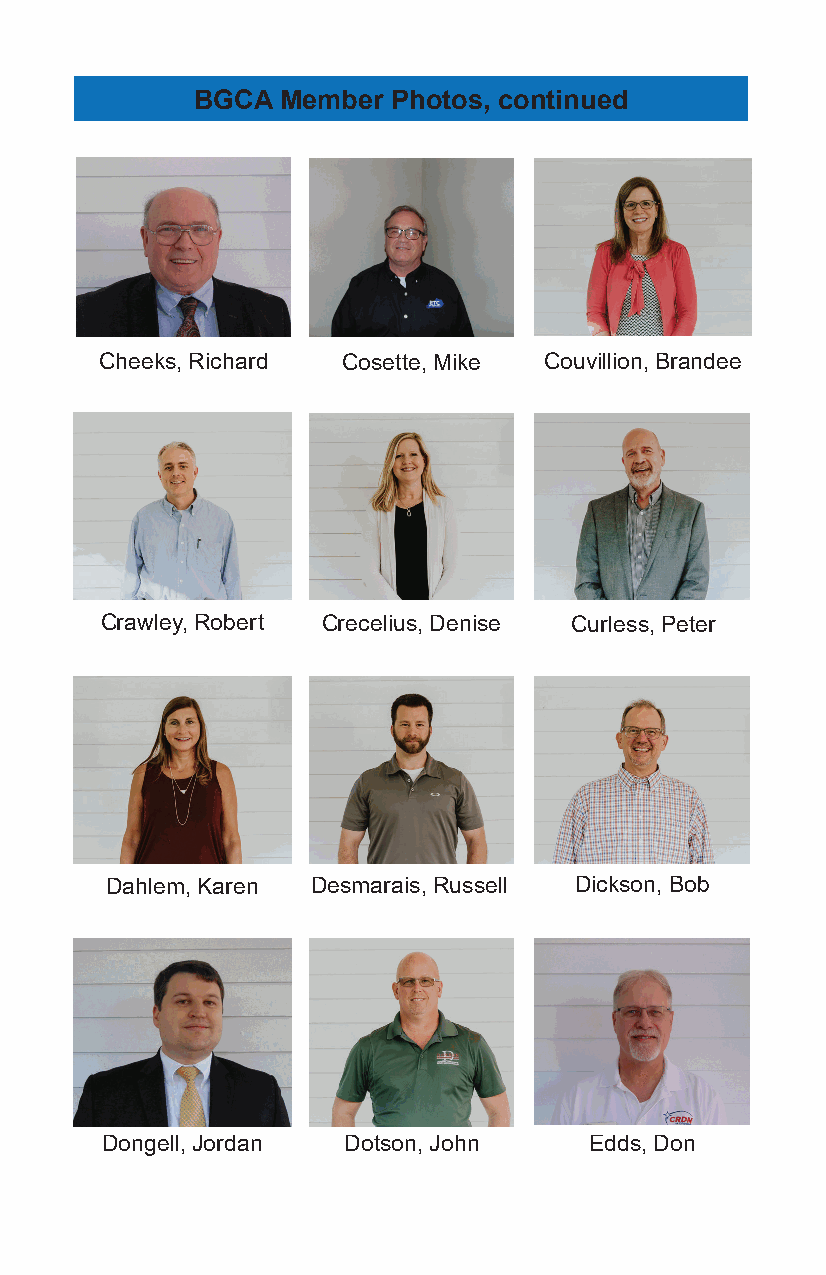
BGCA  Member Photos, continued
 Cheeks, Richard Cosette, Mike Couvillion, Brandee
 Crawley, Robert Crecelius, Denise Curless, Peter
 Dahlem, Karen Desmarais, Russell Dickson, Bob
 Dongell, Jordan Dotson, John    Edds, Don